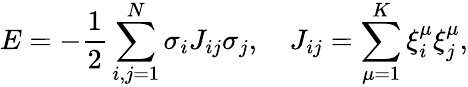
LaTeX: E=-\frac{1}{2}\sum_{i,j=1}^{N}\sigma_{i}J_{ij}\sigma_{j},\quad J_{ij}=\sum_{\mu=1}^{K}\xi_{i}^{\mu}\xi_{j}^{\mu},